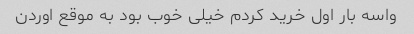
واسه بار اول خرید کردم خیلی خوب بود به موقع اوردن‌